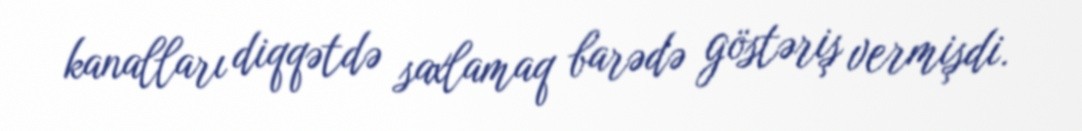
kanalları diqqətdə saxlamaq barədə göstəriş vermişdi.